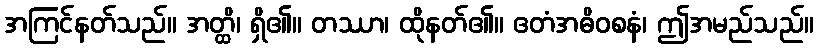
အကြင်နတ်သည်။ အတ္ထိ၊ ရှိ၏။ တဿာ၊ ထိုနတ်၏။ ဧတံအဓိဝစနံ၊ ဤအမည်သည်။